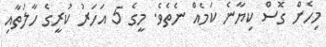
މިހެން ގޮސް ކިޔާނެ ކަމެއް ނެތެވެ. މީގެ 5 އަހަރު ކުރީގެ ހާލަތާއި